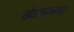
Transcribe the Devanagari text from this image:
खेळलेलला